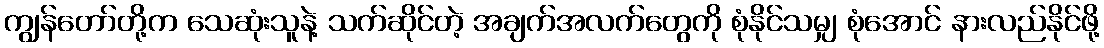
ကျွန်တော်တို့က သေဆုံးသူနဲ့ သက်ဆိုင်တဲ့ အချက်အလက်တွေကို စုံနိုင်သမျှ စုံအောင် နားလည်နိုင်ဖို့